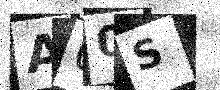
Text: A00S